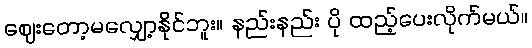
ဈေးတော့မလျှော့နိုင်ဘူး။ နည်းနည်း ပို ထည့်ပေးလိုက်မယ်။